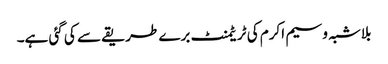
بلاشبہ وسیم اکرم کی ٹریٹمنٹ برے طریقے سے کی گئی ہے۔